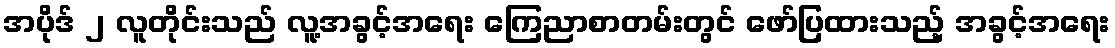
အပိုဒ် ၂ လူတိုင်းသည် လူ့အခွင့်အရေး ကြေညာစာတမ်းတွင် ဖော်ပြထားသည့် အခွင့်အရေး